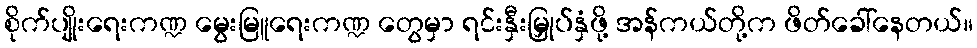
စိုက်ပျိုးရေးကဏ္ဍ မွေးမြူရေးကဏ္ဍ တွေမှာ ရင်းနှီးမြှုပ်နှံဖို့ အန်ကယ်တို့က ဖိတ်ခေါ်နေတယ်။